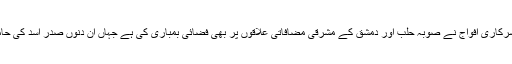
شامی حزبِ اختلاف کے کارکنوں کا کہنا ہے کہ سرکاری افواج نے صوبہ حلب اور دمشق کے مشرقی مضافاتی علاقوں پر بھی فضائی بمباری کی ہے جہاں ان دنوں صدر اسد کی حامی افواج باغیوں کے ساتھ لڑائی میں مصروف ہیں۔